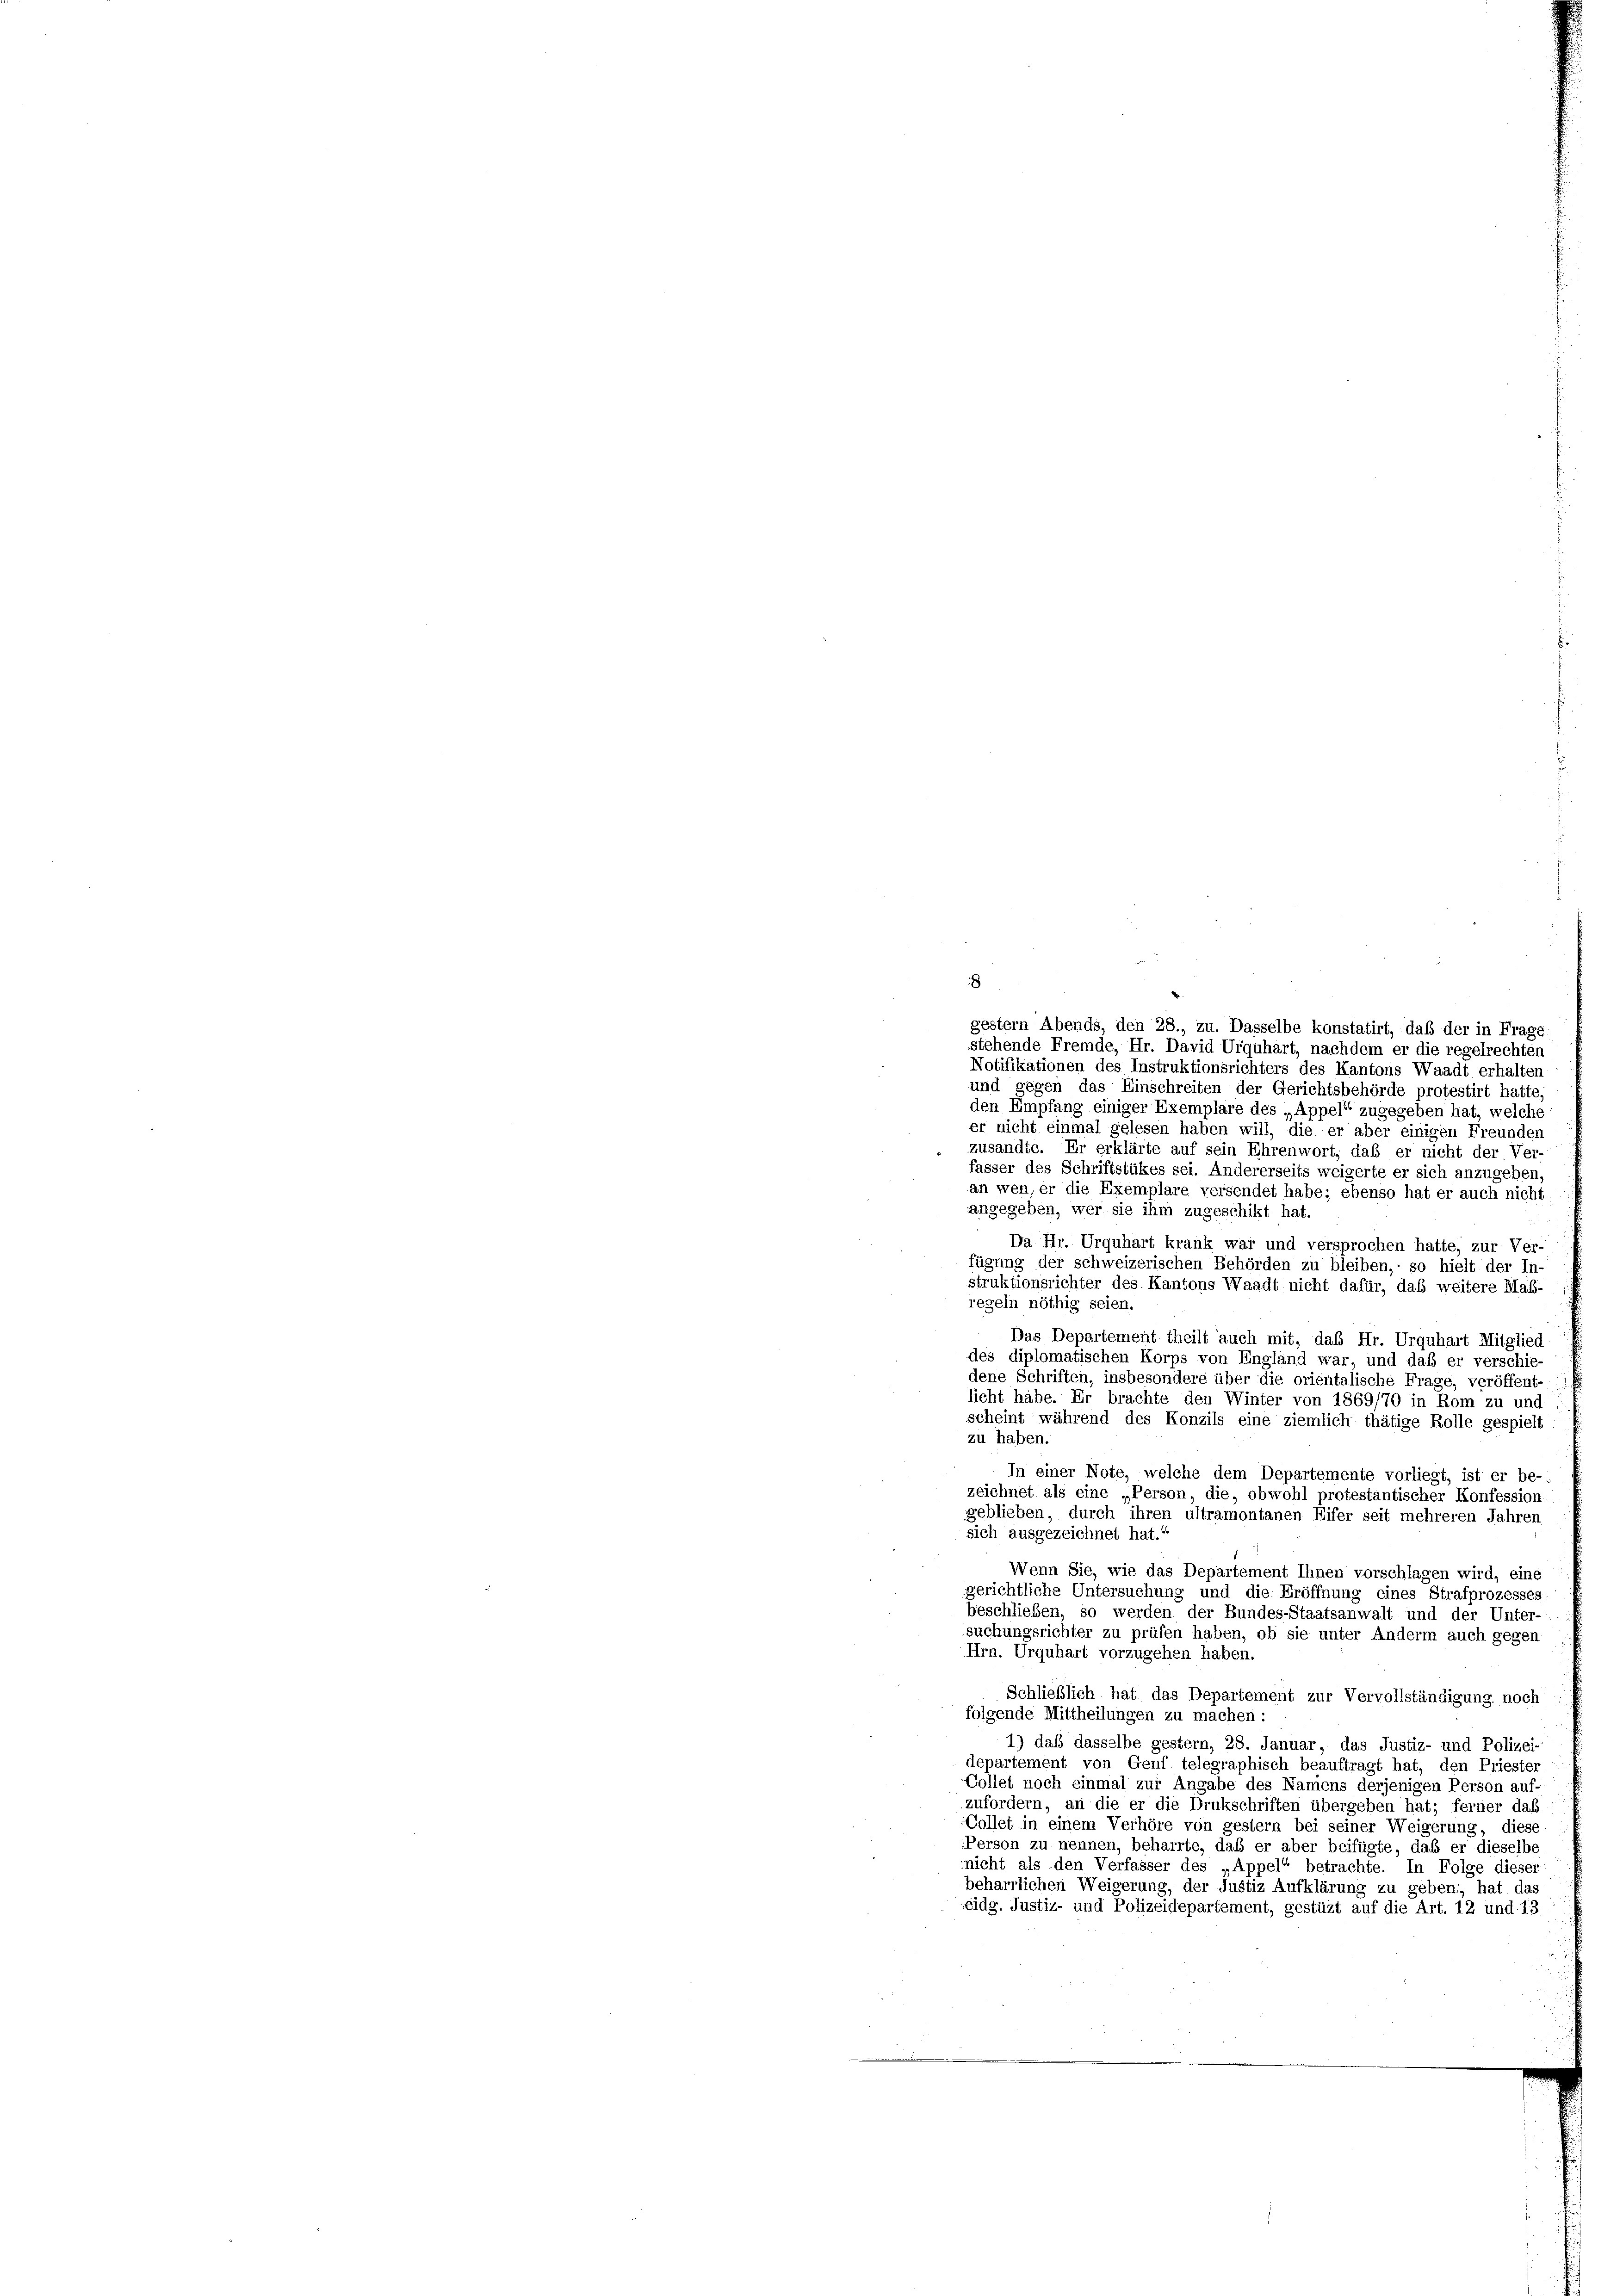
8
gestem Abends, den 28., zu. Dasselbe konstatirt, daß der in Frage
stehende Fremde, Hr. David Urquhart, nachdem er die regelrechten
Notifikationen des Instruktionsrichters des Kantons Waadt erhalten
und gegen das Einschreiten der Gerichtsbehörde protestirt hatte,
den Empfang einiger Exemplare des „Appel zugegeben hat, welche
er nicht einmal gelesen haben will, die er aber einigen Freunden
zusandte. Er erklärte auf sein Ehrenwort, daß er nicht der Ver-
fasser des Schriftstükes sei. Andererseits weigerte er sich anzugeben,
an wen, er die Exemplare versendet habe; ebenso hat er auch nicht
angegeben, wer sie ihm zugeschikt hat.
Da Hr. Urquhart krank war und versprochen hatte, zur Ver-
fügung der schweizerischen Behörden zu bleiben, so hielt der In-
struktionsrichter des Kantons Waadt nicht dafür, daß weitere Maß-
regeln nöthig seien.
Das Departement theilt auch mit, daß Hr. Urquhart Mitglied
des diplomatischen Korps von Engländ war, und daß er verschie-
dene Schriften, insbesondere über die orientalische Frage, veröffent-
licht habe. Er brachte den Winter von 1869/70 in Rom zu und
scheint während des Konzils eine ziemlich thätige Rolle gespielt
zu haben.
In einer Note, welche dem Departemente vorliegt, ist er be-
zeichnet als eine „Person, die, obwohl protestantischer Konfession
geblieben, durch ihren ultramontanen Eifer seit mehreren Jahren
sich ausgezeichnet hat.
Wenn Sie, wie das Departement Ihnen vorschlagen wird, eine
gerichtliche Untersuchung und die Eröffnung eines Strafprozesses
beschließen, so werden der Bundes-Staatsanwalt und der Unter-
suchungsrichter zu prüfen haben, ob sie unter Anderm auch gegen
Hrn. Urquhart vorzugehen haben.
Schließlich hat das Departement zur Vervollständigung noch
folgende Mittheilungen zu machen:
1) daß dasselbe gester, 28. Januar, das Justiz- und Polizei-
departement von Genf telegraphisch beauftragt hat, den Priester
Collet noch einmal zur Angabe des Namens derjenigen Person auf-
zufordern, an die er die Drukschriften übergeben hat; ferner das
Collet in einem Verhöre von gestem bei seiner Weigerung, diese
Person zu nennen, beharrte, daß er aber beifügte, daß er dieselbe
nicht als den Verfasser des Appel“ betrachte. In Folge dieser
beharrlichen Weigerung, der Justiz Aufklärung zu geben, hat das
eidg. Justiz- und Polizeidepartement, gestüzt auf die Art. 12 und 13.